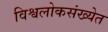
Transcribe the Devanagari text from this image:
विश्वलोकसंख्येत